Leaving Certificate Examination, 1912
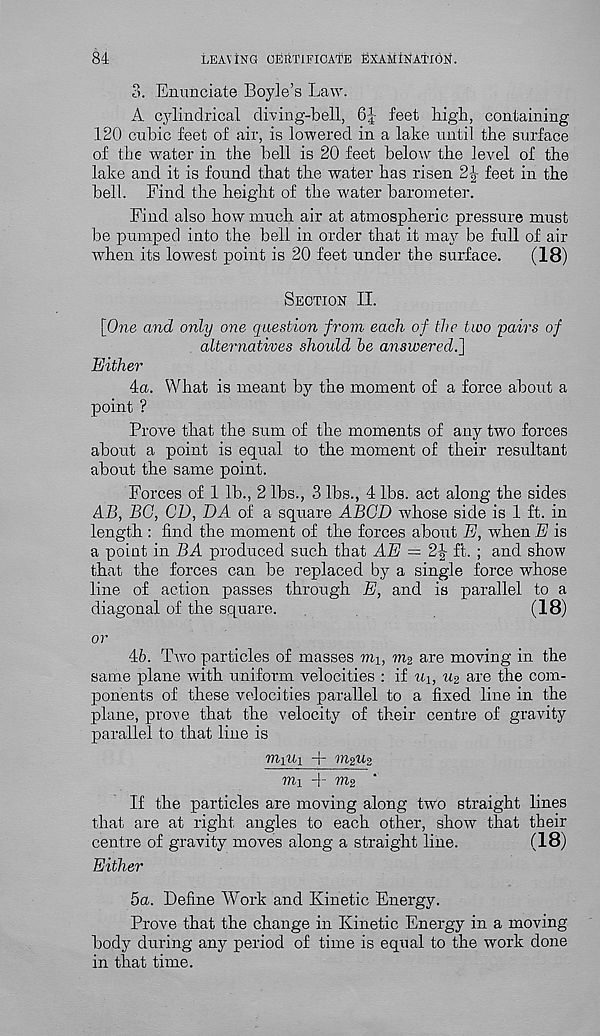
cM
LEAVING CMTIFICATE EXAMINATION.
3. Enunciate Boyle’s Law.
A cylindrical diving-bell, 6J feet high, containing
120 cubic feet of air, is lowered in a lake until tbe surface
of the water in the bell is 20 feet below the level of the
lake and it is found that tire water has risen 2-|- feet in the
bell. Find the height of the water barometer.
Find also how much air at atmospheric pressure must
be pumped into the bell in order that it may be full of air
when its lowest point is 20 feet under the surface.
(18)
Section II.
[One and only one question from each of the two pairs of
alternatives should be answered.]
Either
4a. What is meant by the moment of a force about a
point ?
Prove that the sum of the moments of any two forces
about a point is equal to the moment of their resultant
about the same point.
Forces of 1 lb., 2 lbs., 3 lbs., 4 lbs. act along the sides
AB, BG, CD, DA of a square ABGD whose side is 1 ft. in
length : find the moment of the forces about E, when E is
a point in BA produced such that AE = 2^ ft. ; and show
that the forces can be replaced by a single force whose
line of action passes through E, and is parallel to a
diagonal of the square.
(18)
or
46. Two particles of masses mi, m2 are moving in the
same plane with uniform velocities : if U\, u 2 are the com-
ponents of these velocities parallel to a fixed line in the
plane, prove that the velocity of their centre of gravity
parallel to that line is
viiiii -)- msUz
mi -f- m 2 ‘
If the particles are moving along two straight lines
that are at right angles to each other, show that their
centre of gravity moves along a straight line.
(18)
Either
5a. Define Work and Kinetic Energy.
Prove that the change in Kinetic Energy in a moving
body during any period of time is equal to the work done
in that time.